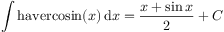
\int \mathrm { h a v e r c o s i n } ( x ) \, \mathrm { d } x = { \frac { x + \sin { x } } { 2 } } + C